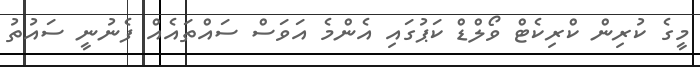
މީގެ ކުރިން ކްރިކެޓް ވޯލްޑް ކަޕުގައި އެންމެ އަވަސް ސައްތައެއް ފެނުނީ ސައުތު